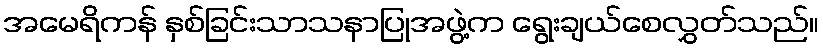
အမေရိကန် နှစ်ခြင်းသာသနာပြုအဖွဲ့က ရွေးချယ်စေလွှတ်သည်။